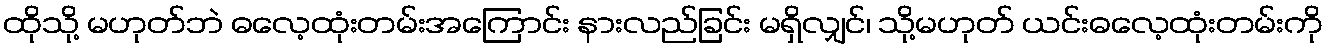
ထိုသို့ မဟုတ်ဘဲ ဓလေ့ထုံးတမ်းအကြောင်း နားလည်ခြင်း မရှိလျှင်၊ သို့မဟုတ် ယင်းဓလေ့ထုံးတမ်းကို